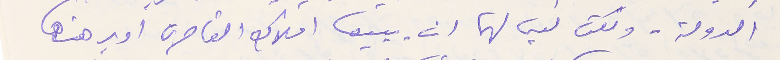
الدولة، ولكن ليس لهما ان يبيعا املاك القاصرين اويرهنها